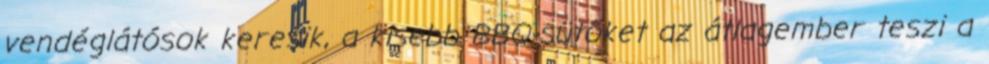
vendéglátósok keresik, a kisebb BBQ-sütőket az átlagember teszi a